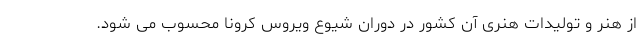
از هنر و توليدات هنرى آن كشور در دوران شيوع ويروس كرونا محسوب مى شود.